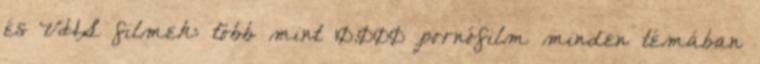
és VHS filmek: több mint 10.000 pornófilm minden témában